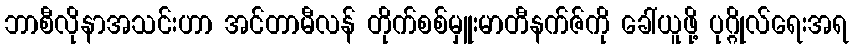
ဘာစီလိုနာအသင်းဟာ အင်တာမီလန် တိုက်စစ်မှူးမာတီနက်ဇ်ကို ခေါ်ယူဖို့ ပုဂ္ဂိုလ်ရေးအရ